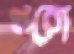
থরো